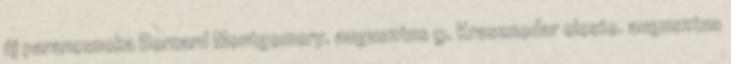
új parancsnoka Bernard Montgomery. augusztus 9. Krasznodar eleste. augusztus